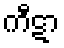
ကီဋာ